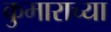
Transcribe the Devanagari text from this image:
कुमाराच्या